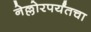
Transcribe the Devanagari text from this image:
नेल्लोरपर्यंतचा